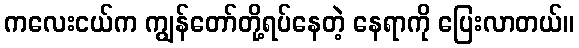
ကလေးငယ်က ကျွန်တော်တို့ရပ်နေတဲ့ နေရာကို ပြေးလာတယ်။